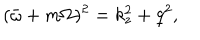
( \bar { \omega } + m \Omega ) ^ { 2 } = k _ { z } ^ { 2 } + q ^ { 2 } ,